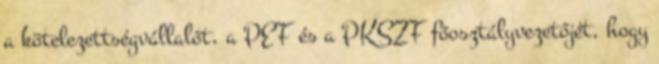
a kötelezettségvállalót, a PEF és a PKSZF főosztályvezetőjét, hogy